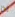
اذا